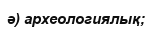
ә) археологиялық;